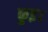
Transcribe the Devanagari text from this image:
कुइ।